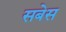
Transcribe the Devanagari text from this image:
सबेस